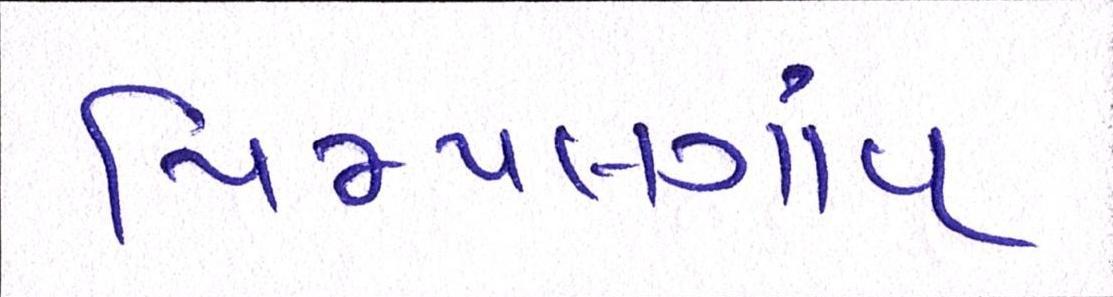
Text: પિમ્પલગાંવ